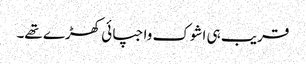
قریب ہی اشوک واجپائی کھڑے تھے۔